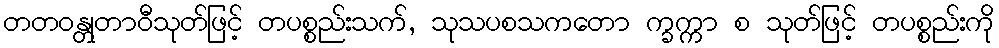
တတဝန္တုတာဝီသုတ်ဖြင့် တပစ္စည်းသက်, သုသပစသကတော က္ခက္ကာ စ သုတ်ဖြင့် တပစ္စည်းကို